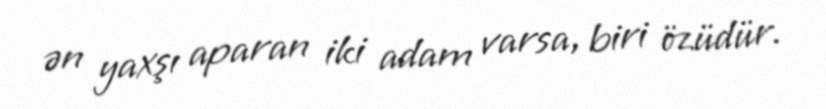
ən yaxşı aparan iki adam varsa, biri özüdür.